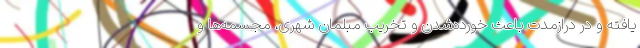
یافته و در درازمدت باعث خورده‌شدن و تخریب مبلمان شهری، مجسمه‌ها و